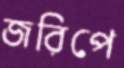
জরিপে